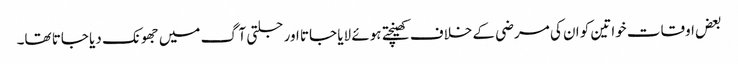
بعض اوقات خواتین کو ان کی مرضی کے خلاف کھینچتے ہوئے لایا جاتا اور جلتی آگ میں جھونک دیا جاتا تھا۔